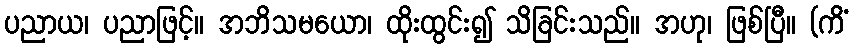
ပညာယ၊ ပညာဖြင့်။ အဘိသမယော၊ ထိုးထွင်း၍ သိခြင်းသည်။ အဟု၊ ဖြစ်ပြီ။ (ကိံ